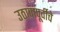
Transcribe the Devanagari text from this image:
उठावापूर्वीचे